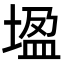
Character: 𡎠